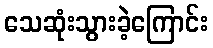
သေဆုံးသွားခဲ့ကြောင်း